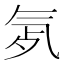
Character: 𣱞